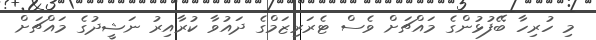
މި ހުރިހާ ބޭފުޅުންގެ މައްޗަށް ވެސް ޓެރަރިޒަމްގެ ދައުވާ ކުރާއިރު ނަޝީދުގެ މައްޗަށް